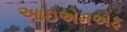
આઇએમએફ